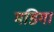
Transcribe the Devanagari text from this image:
मडिगा